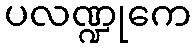
ပလဏ္ဍုကေ